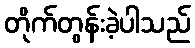
တိုက်တွန်းခဲ့ပါသည်